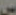
س